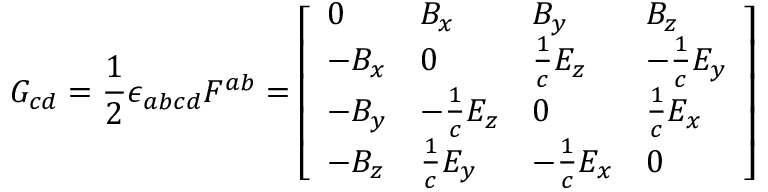
G _ { c d } = { \frac { 1 } { 2 } } \epsilon _ { a b c d } F ^ { a b } = { \left[ \begin{array} { l l l l } { 0 } & { B _ { x } } & { B _ { y } } & { B _ { z } } \\ { - B _ { x } } & { 0 } & { { \frac { 1 } { c } } E _ { z } } & { - { \frac { 1 } { c } } E _ { y } } \\ { - B _ { y } } & { - { \frac { 1 } { c } } E _ { z } } & { 0 } & { { \frac { 1 } { c } } E _ { x } } \\ { - B _ { z } } & { { \frac { 1 } { c } } E _ { y } } & { - { \frac { 1 } { c } } E _ { x } } & { 0 } \end{array} \right] }